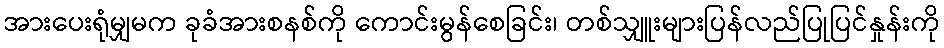
အားပေးရုံမျှမက ခုခံအားစနစ်ကို ကောင်းမွန်စေခြင်း၊ တစ်သျှူးများပြန်လည်ပြုပြင်နှုန်းကို